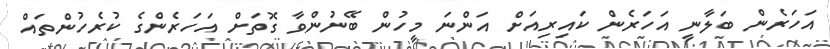
އަހަރެން ބަލާނީ އަހަރެން ކައިރިއަށް އަންނަ މީހުން ބޭނުންވާ ގޮތަށް އަހަރެންގެ ކުރެހުންތައް